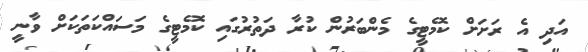
އަދި އެ ރަށަށް ކޮމެޓީގެ މެންބަރުން ކުރާ ދަތުރުގައި ކޮމެޓީގެ މަސައްކަތަކަށް ވާނީ